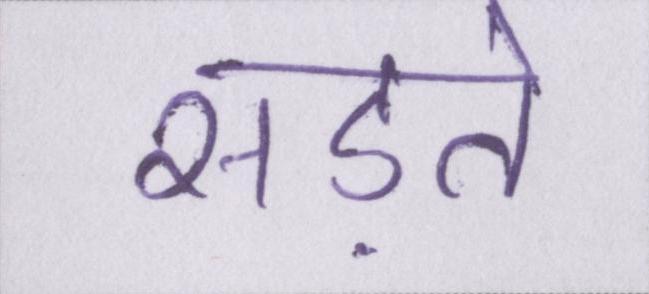
सड़ते